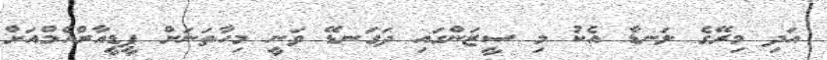
އަދި މިރޭގެ ލަނޑާ އެކު މި ސީޒަންގައި ދަގަނޑޭ ވަނީ މިހާތަނަށް ޕީޑީއާރްއެމްއަށް